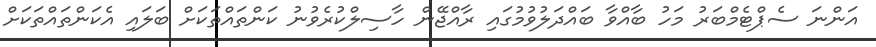
އަންނަ ސެޕްޓެމްބަރު މަހު ބާއްވާ ބައްދަލުވުމުގައި ރާއްޖޭން ހާސިލްކުރެވުނު ކަންތައްތަކަށް ބަލައި އެކަންތައްތަކަށް